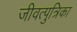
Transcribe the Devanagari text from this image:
जीवत्पुत्रिका